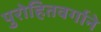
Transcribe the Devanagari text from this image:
पुरोहितवर्गाने